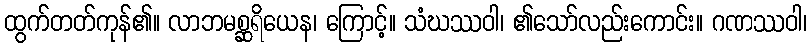
ထွက်တတ်ကုန်၏။ လာဘမစ္ဆရိယေန၊ ကြောင့်။ သံဃဿဝါ၊ ၏သော်လည်းကောင်း။ ဂဏဿဝါ၊